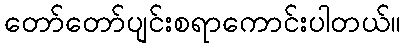
တော်တော်ပျင်းစရာကောင်းပါတယ်။